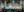
الطعام